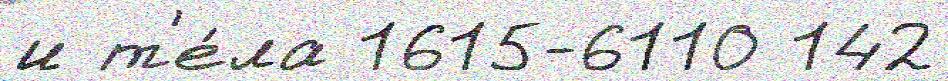
и т'е́ла 1615-6110 142